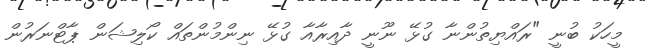
މީހަކު ބުނީ "ރައްޔިތުންނާ ގުޅޭ ނޫނީ ދާއިރާއާ ގުޅޭ ނިންމުންތައް ކޯލިޝަން ޕާޓްނަރުން